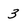
Character: 3